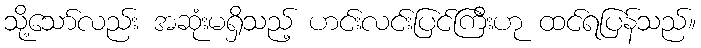
သို့သော်လည်း အဆုံးမရှိသည့် ဟင်းလင်းပြင်ကြီးဟု ထင်ရပြန်သည်။